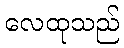
လေထုသည်